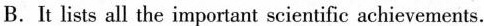
B. It lists all the important scientifie achievements.